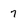
Character: 7